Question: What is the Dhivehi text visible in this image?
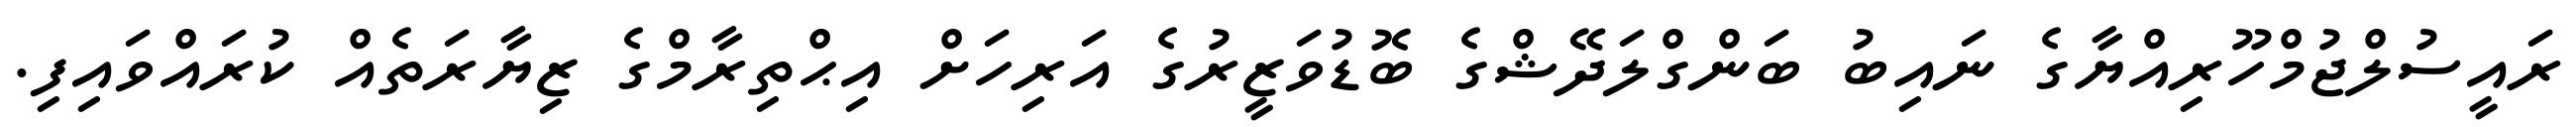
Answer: ރައީސުލްޖުމްހޫރިއްޔާގެ ނައިބު ބަންގްލަދޭޝްގެ ބޮޑުވަޒީރުގެ އަރިހަށް އިޙްތިރާމްގެ ޒިޔާރަތެއް ކުރައްވައިފި.